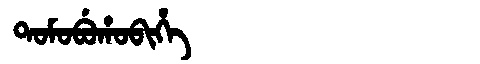
Manchu: ᡨᠣᠮᠣᠪᡠᡥᠣᠪᡳᡥᡝ
Romanization: TOMOBUHOBIHE